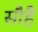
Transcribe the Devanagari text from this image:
सौहै